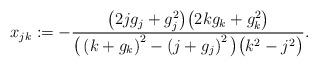
LaTeX: \begin{align*} x_{jk}:= -\frac{\big(2j g_j + g_j^2\big)\big(2k g_k+ g_k^2\big)} {\big( \left(k +g_k\right)^2- \left(j +g_j\right)^2\big) \big(k^2-j^2\big)}.\end{align*}